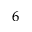
_ 6